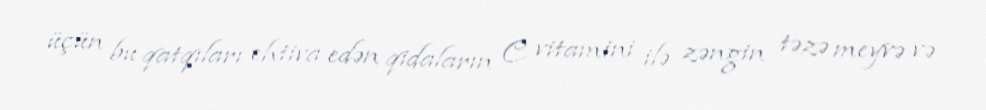
üçün bu qatqıları ehtiva edən qidaların C vitamini ilə zəngin təzə meyvə və